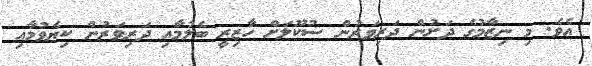
އެވެ. މި ނިޒާމުގެ ދަށުން ދަރިވަރުން ސުކޫލަށް ހާޒިރީ ބެލުމާއި ދަރިވަރުން ކިޔެވުމާއި